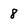
Character: 8